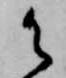
御